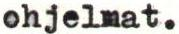
ohjelmat.